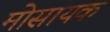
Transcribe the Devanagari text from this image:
मोसायक